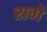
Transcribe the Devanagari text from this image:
रागें